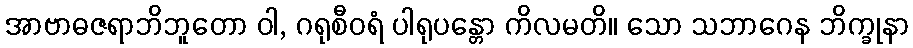
အာဗာဓဇရာဘိဘူတော ဝါ, ဂရုစီဝရံ ပါရုပန္တော ကိလမတိ။ သော သဘာဂေန ဘိက္ခုနာ